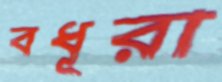
বধূরা